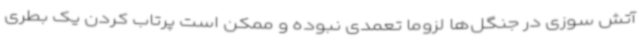
آتش سوزی در جنگل‌ها لزوما تعمدی نبوده و ممکن است پرتاب کردن یک بطری